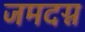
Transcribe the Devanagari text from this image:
जमदग्न